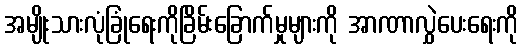
အမျိုးသားလုံခြုံရေးကိုခြိမ်းခြောက်မှုများကို အာဏာလွှဲပေးရေးကို